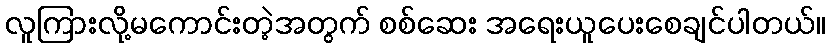
လူကြားလို့မကောင်းတဲ့အတွက် စစ်ဆေး အရေးယူပေးစေချင်ပါတယ်။